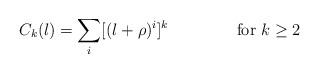
LaTeX: \begin{align*}C_{k}(l)=\sum_{i}[(l+\rho)^{i}]^{k} \makebox[2in]{for $k\geq 2$}\end{align*}